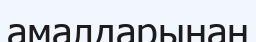
амалдарынан